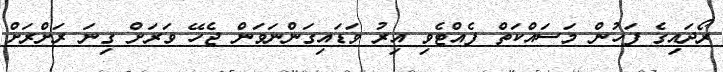
ރޯދައިގެ ފަހުން މަސައްކަތް ފެއްޓެވި އިރު ވަޑައިގަންނަވަން ޖެހޭ ވަރަށް ގިނަ ރަށްރަށް